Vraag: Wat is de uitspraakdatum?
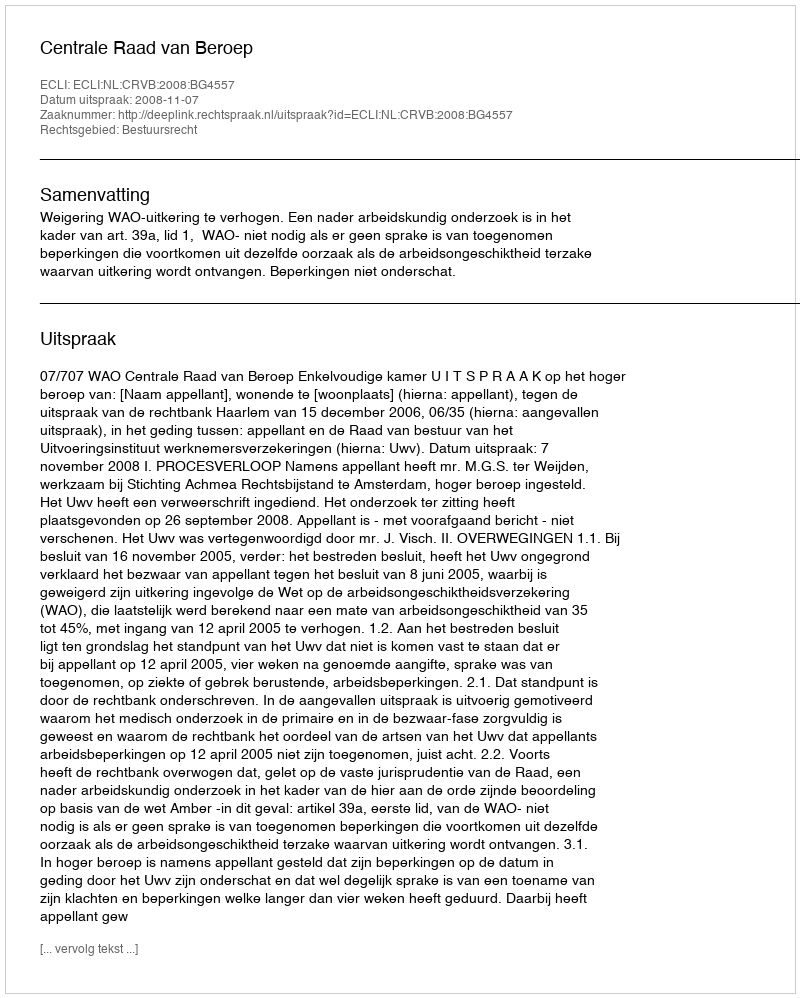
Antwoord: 2008-11-07